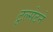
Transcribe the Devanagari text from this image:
टूल्सेटने